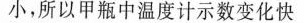
小，所以甲瓶中温度计示数变化快